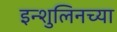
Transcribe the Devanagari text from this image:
इन्शुलिनच्या